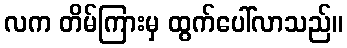
လက တိမ်ကြားမှ ထွက်ပေါ်လာသည်။